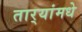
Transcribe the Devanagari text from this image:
तार्‍यांमधे